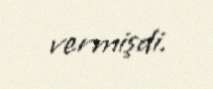
vermişdi.